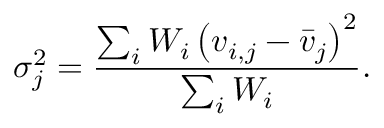
\sigma _ { j } ^ { 2 } = \frac { \sum _ { i } W _ { i } \left( v _ { i , j } - \bar { v } _ { j } \right) ^ { 2 } } { \sum _ { i } W _ { i } } .